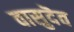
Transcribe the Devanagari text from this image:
वासुदॆव